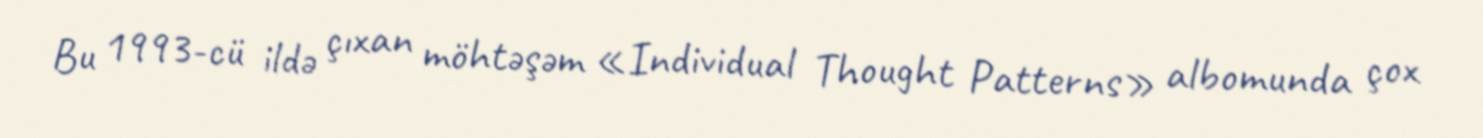
Bu 1993-cü ildə çıxan möhtəşəm «Individual Thought Patterns» albomunda çox